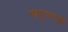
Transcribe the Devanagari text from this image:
अनुपपर्ण